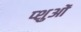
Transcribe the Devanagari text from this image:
प्शुओं